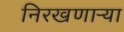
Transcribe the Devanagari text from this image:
निरखणाऱ्या